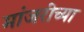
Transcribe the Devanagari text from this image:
मांजरीच्या